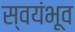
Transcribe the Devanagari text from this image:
स्वयंभूव